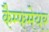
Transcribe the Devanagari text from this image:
कैम्फमेयर